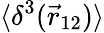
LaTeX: \langle\delta^{3}(\vec{r}_{12})\rangle